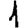
Digit: 1